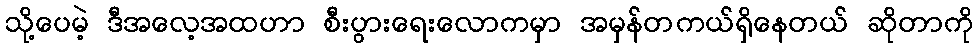
သို့ပေမဲ့ ဒီအလေ့အထဟာ စီးပွားရေးလောကမှာ အမှန်တကယ်ရှိနေတယ် ဆိုတာကို